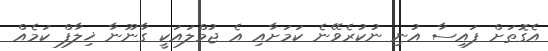
އެގޮތަށް ފައިސާ އުނި ނުކުރެވޭނެ ކަމަށާއި އެ ޖުމްލައަކީ ގާނޫނާ ޚިލާފް ކަމެއް